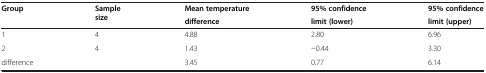
<table><thead><tr><td rowspan="2"><b>Group</b></td><td rowspan="2"><b>Sample size</b></td><td><b>Mean temperature</b></td><td><b>95% confidence</b></td><td><b>95% confidence</b></td></tr><tr><td><b>difference</b></td><td><b>limit (lower)</b></td><td><b>limit (upper)</b></td></tr></thead><tbody><tr><td>1</td><td>4</td><td>4.88</td><td>2.80</td><td>6.96</td></tr><tr><td>2</td><td>4</td><td>1.43</td><td>−0.44</td><td>3.30</td></tr><tr><td>difference</td><td> </td><td>3.45</td><td>0.77</td><td>6.14</td></tr></tbody></table>